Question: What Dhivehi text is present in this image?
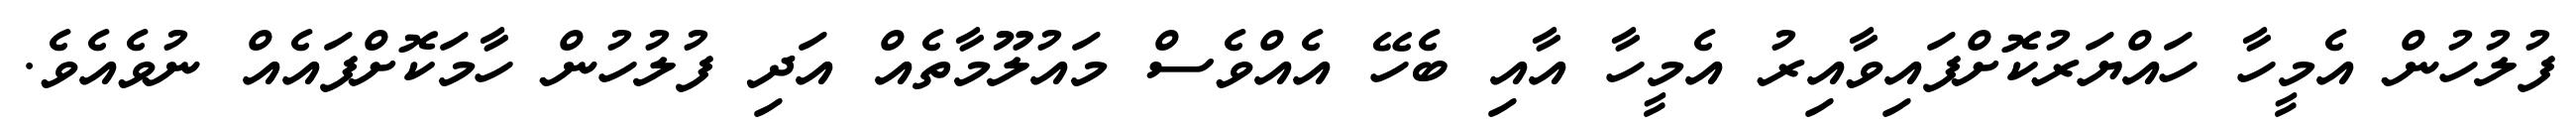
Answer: ފުލުހުން އެމީހާ ހައްޔަރުކޮށްފައިވާއިރު އެމީހާ އާއި ބެހޭ އެއްވެސް މައުލޫމާތެއް އަދި ފުލުހުން ހާމަކޮށްފައެއް ނުވެއެވެ.